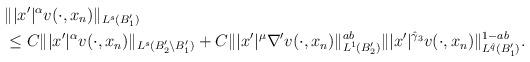
LaTeX: \begin{align*} & \||x'|^{\alpha}v(\cdot, x_n)\|_{L^s(B_1')}\\ & \le C\||x'|^{\alpha}v(\cdot, x_n)\|_{L^s(B_2'\setminus B_1')}+C\||x'|^{\mu}\nabla'v(\cdot, x_n)\|_{L^1(B_2')}^{ab}\||x'|^{\hat{\gamma}_3}v(\cdot, x_n)\|_{L^{\hat{q}}(B_1')}^{1-ab}. \end{align*}